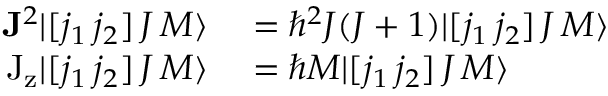
\begin{array} { r l } { \mathbf { J } ^ { 2 } | [ j _ { 1 } \, j _ { 2 } ] \, J \, M \rangle } & { { } = \hbar ^ { 2 } J ( J + 1 ) | [ j _ { 1 } \, j _ { 2 } ] \, J \, M \rangle } \\ { \mathrm { J _ { z } } | [ j _ { 1 } \, j _ { 2 } ] \, J \, M \rangle } & { { } = \hbar M | [ j _ { 1 } \, j _ { 2 } ] \, J \, M \rangle } \end{array}